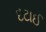
દટાઈ